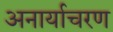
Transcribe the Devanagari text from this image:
अनार्याचरण